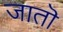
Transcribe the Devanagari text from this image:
जातॊ